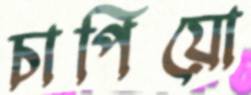
চাপিয়ো